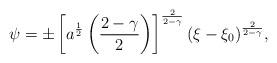
LaTeX: \begin{align*}\psi=\pm\left[a^{1\over2}\left({{2-\gamma}\over2}\right)\right]^{2\over{2-\gamma}}(\xi-\xi_0)^{2\over{2-\gamma}},\end{align*}